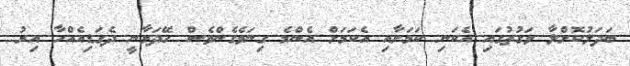
ބަދަލުކޮށްލާ ވަގުތުގައި އެކަނި ކަމަށާއި އެކަމަށް އެންމެ ގިނަވެގެންވެސް ހޭދަވާނީ ދެގަޑިއެއްހާ އިރު